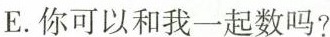
E.你可以和我一起数吗?